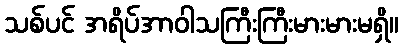
သစ်ပင် အရိပ်အာဝါသကြီးကြီးမားမားမရှိ။